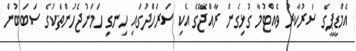
އެމްޑީޕީގެ ސަރުކާރު ވެއްޓުމާ ގުޅިގެން ރާއްޖޭގެ އެކި ސަރަހްދުގައި ހިނގި ހަމަނުޖެހުންތަކުގެ ސަބަބުން